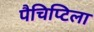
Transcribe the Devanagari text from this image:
पैचिप्टिला